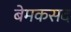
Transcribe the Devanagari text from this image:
बेमकसद